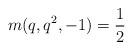
LaTeX: \begin{align*} m(q, q^2, -1) = \frac{1}{2}\end{align*}